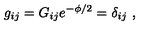
g _ { i j } = G _ { i j } e ^ { - \phi / 2 } = \delta _ { i j } \ ,